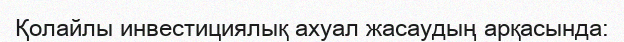
Қолайлы инвестициялық ахуал жасаудың арқасында: